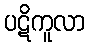
ပဋိကူလာ